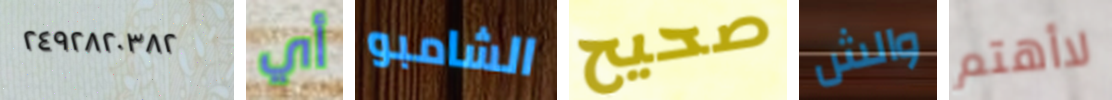
٢٤٩٢٨٢٠٣٨٢ أي الشامبو صحيح والش لاأهتم